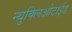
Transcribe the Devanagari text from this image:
न्युक्लिओटाईड